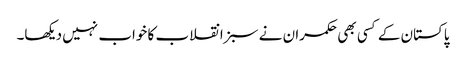
پاکستان کے کسی بھی حکمران نے سبز انقلاب کا خواب نہیں دیکھا۔